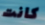
كانت